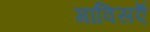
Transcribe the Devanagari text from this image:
गाविसऍ